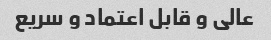
عالی و قابل اعتماد و سریع